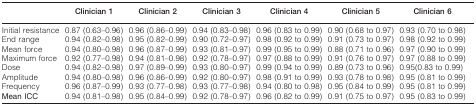
|  | Clinician 1 | Clinician 2 | Clinician 3 | Clinician 4 | Clinician 5 | Clinician 6 |
 | --- | --- | --- | --- | --- | --- | --- |
 | Initial resistance | 0.87 (0.63–0.96) | 0.96 (0.86–0.99) | 0.94 (0.83–0.98) | 0.96 (0.83 to 0.99) | 0.90 (0.68 to 0.97) | 0.93 (0.70 to 0.98) |
 | End range | 0.94 (0.82–0.98) | 0.95 (0.82–0.99) | 0.90 (0.72–0.97) | 0.98 (0.92 to 0.99) | 0.91 (0.73 to 0.97) | 0.98 (0.92 to 0.99) |
 | Mean force | 0.94 (0.80–0.98) | 0.96 (0.87–0.99) | 0.93 (0.81–0.97) | 0.99 (0.95 to 0.99) | 0.88 (0.71 to 0.96) | 0.97 (0.90 to 0.99) |
 | Maximum force | 0.92 (0.77–0.98) | 0.94 (0.81–0.98) | 0.92 (0.78–0.97) | 0.97 (0.88 to 0.99) | 0.91 (0.76 to 0.97) | 0.97 (0.88 to 0.99) |
 | Dose | 0.94 (0.82–0.98) | 0.97 (0.89–0.99) | 0.93 (0.80–0.97) | 0.99 (0.94 to 0.99) | 0.89 (0.73 to 0.96) | 0.95(0.83 to 0.99) |
 | Amplitude | 0.94 (0.80–0.98) | 0.96 (0.86–0.99) | 0.92 (0.80–0.97) | 0.98 (0.91 to 0.99) | 0.93 (0.78 to 0.98) | 0.95 (0.81 to 0.99) |
 | Frequency | 0.96 (0.87–0.99) | 0.93 (0.77–0.98) | 0.93 (0.77–0.98) | 0.94 (0.80 to 0.98) | 0.95 (0.84 to 0.99) | 0.95 (0.81 to 0.99) |
 | Mean ICC | 0.94 (0.81–0.98) | 0.95 (0.84–0.99) | 0.92 (0.78–0.97) | 0.96 (0.82 to 0.99) | 0.91 (0.75 to 0.97) | 0.95 (0.83 to 0.99) |